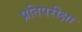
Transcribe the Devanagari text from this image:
प्रतिपरीक्षा